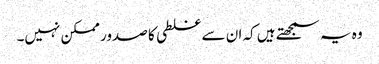
وہ یہ سمجھتے ہیں کہ ان سے غلطی کا صدور ممکن نہیں۔